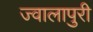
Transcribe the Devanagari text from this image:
ज्वालापुरी